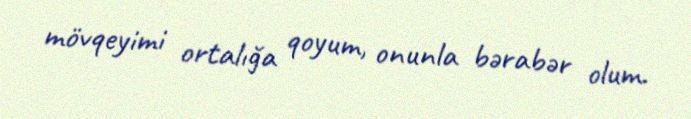
mövqeyimi ortalığa qoyum, onunla bərabər olum.